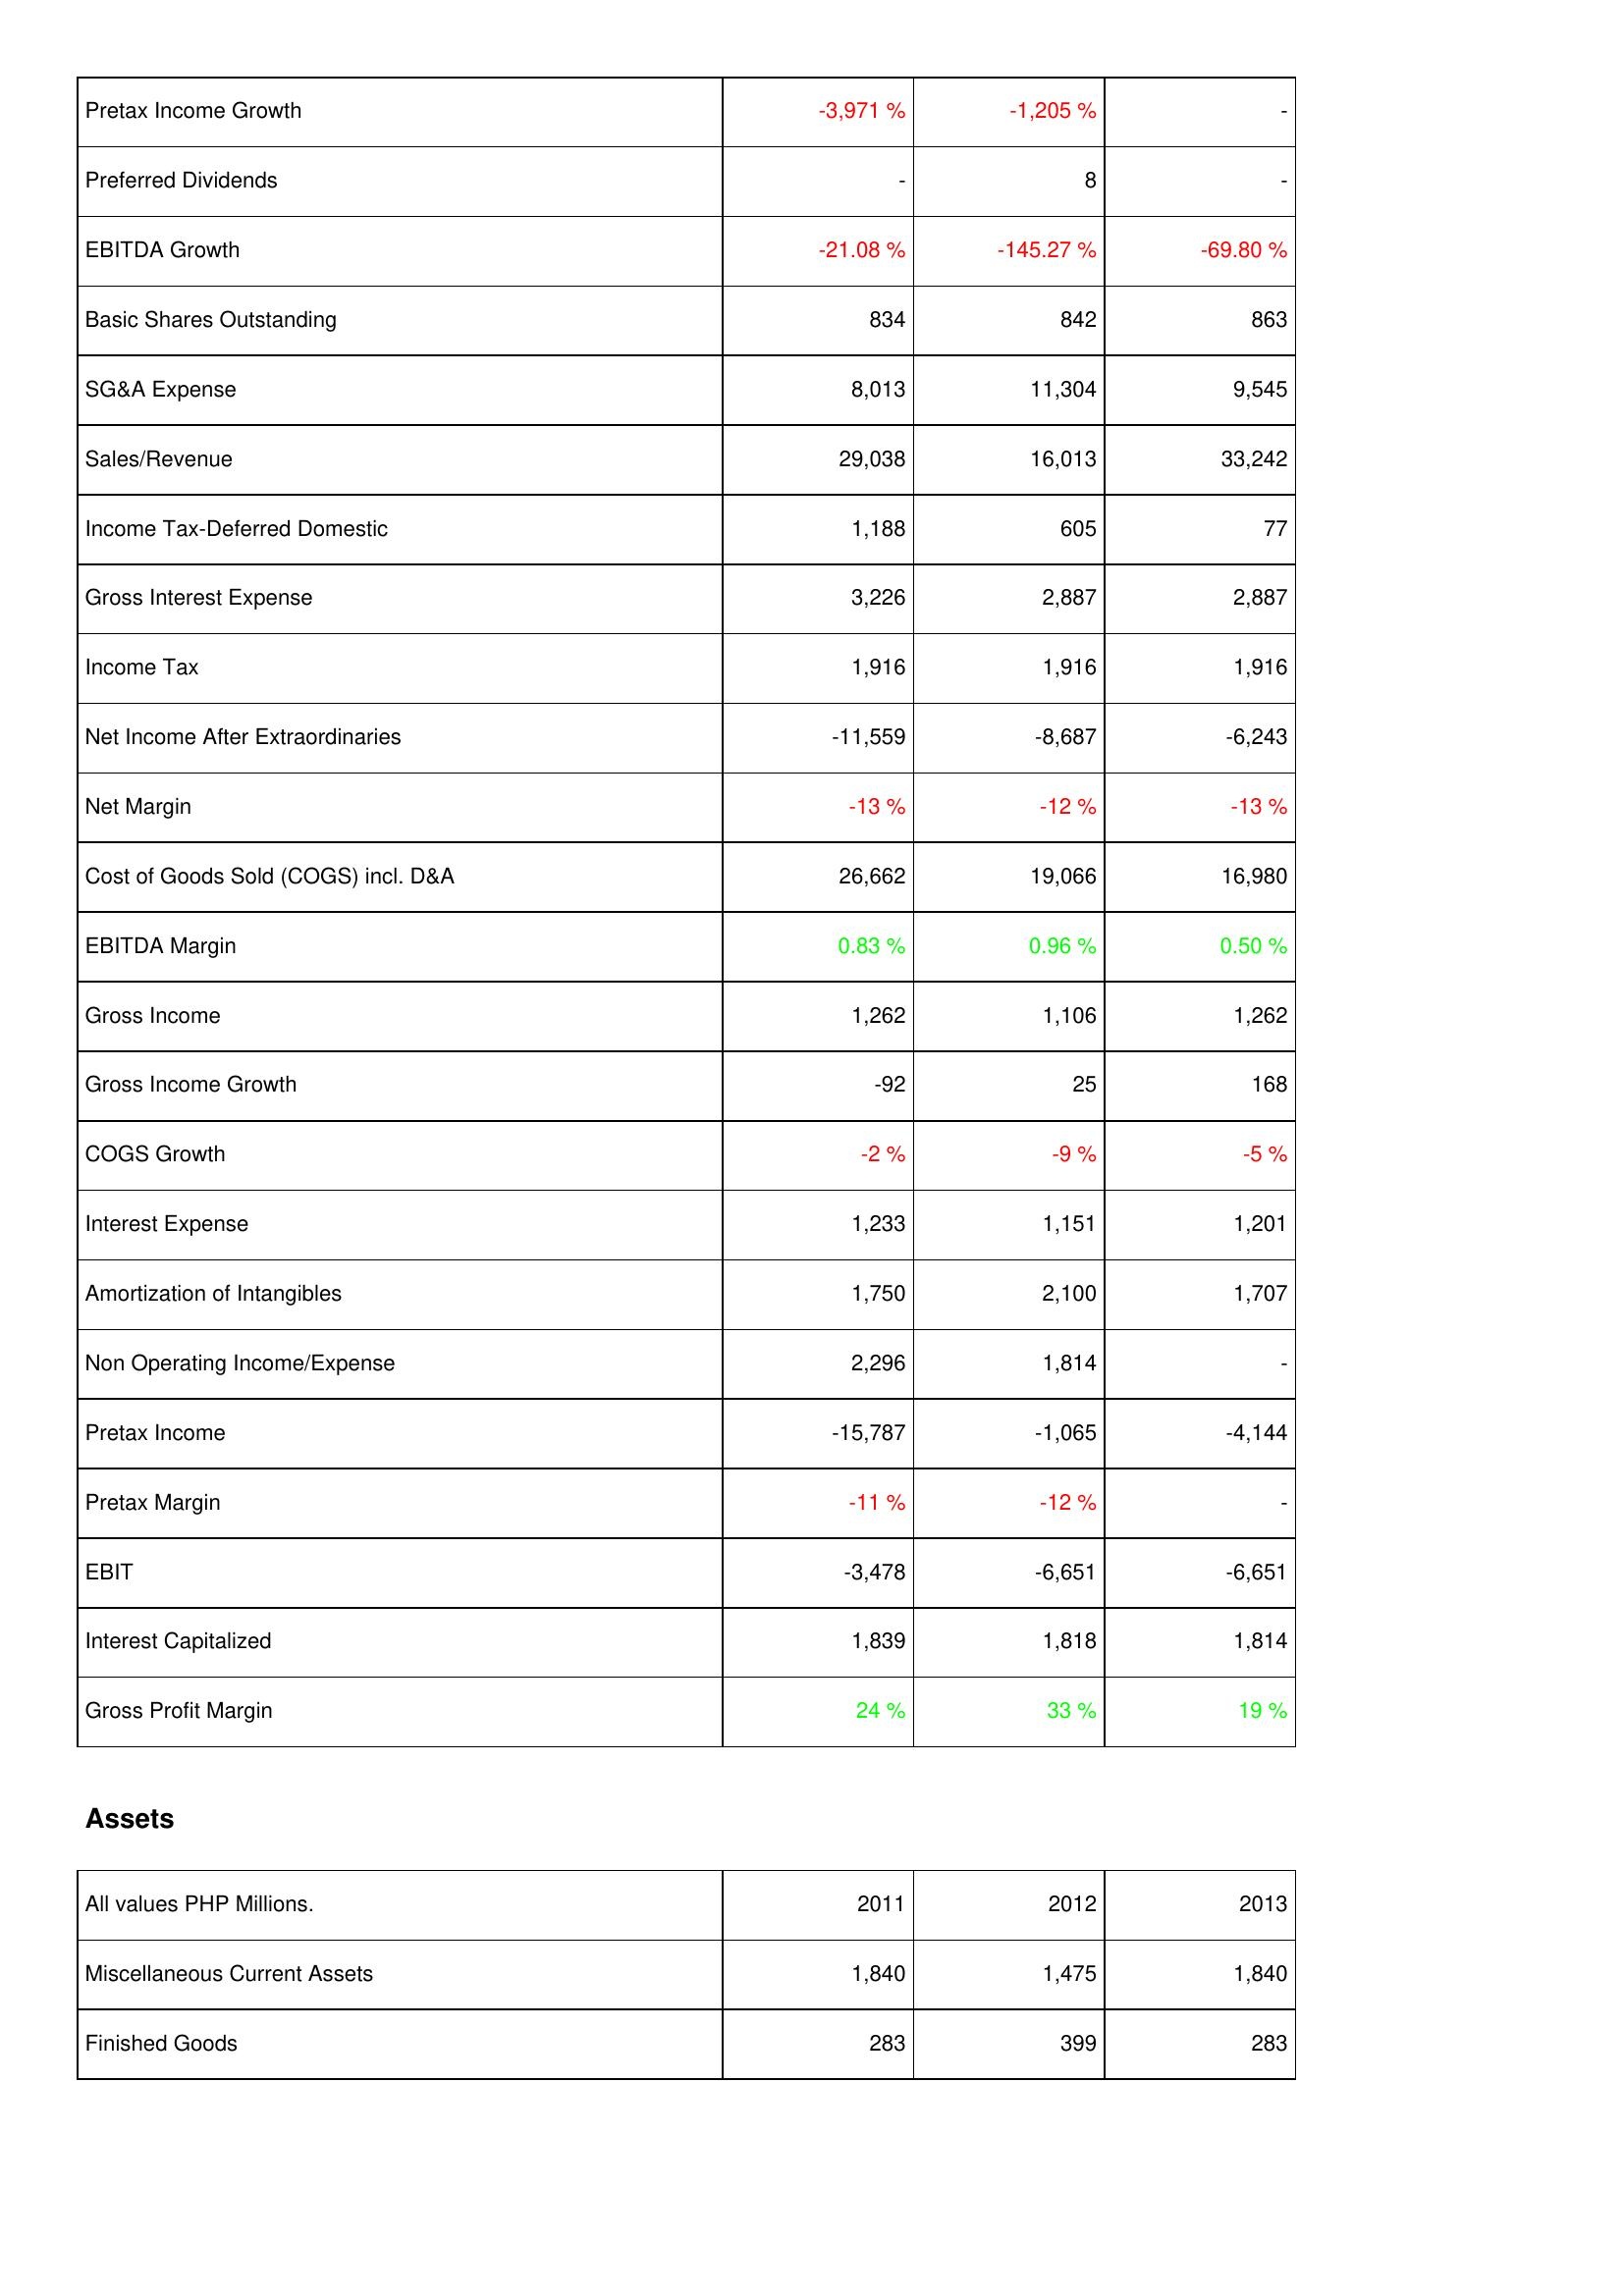
2011: Income Statement: Pretax Income Growth: -3,971 %
Preferred Dividends: -
EBITDA Growth: -21.08 %
Basic Shares Outstanding: 834
SG&A Expense: 8,013
Sales/Revenue: 29,038
Income Tax-Deferred Domestic: 1,188
Gross Interest Expense: 3,226
Income Tax: 1,916
Net Income After Extraordinaries: -11,559
Net Margin: -13 %
Cost of Goods Sold (COGS) incl. D&A: 26,662
EBITDA Margin: 0.83 %
Gross Income: 1,262
Gross Income Growth: -92
COGS Growth: -2 %
Interest Expense: 1,233
Amortization of Intangibles: 1,750
Non Operating Income/Expense: 2,296
Pretax Income: -15,787
Pretax Margin: -11 %
EBIT: -3,478
Interest Capitalized: 1,839
Gross Profit Margin: 24 %
Assets: Miscellaneous Current Assets: 1,840
Finished Goods: 283
2012: Income Statement: Pretax Income Growth: -1,205 %
Preferred Dividends: 8
EBITDA Growth: -145.27 %
Basic Shares Outstanding: 842
SG&A Expense: 11,304
Sales/Revenue: 16,013
Income Tax-Deferred Domestic: 605
Gross Interest Expense: 2,887
Income Tax: 1,916
Net Income After Extraordinaries: -8,687
Net Margin: -12 %
Cost of Goods Sold (COGS) incl. D&A: 19,066
EBITDA Margin: 0.96 %
Gross Income: 1,106
Gross Income Growth: 25
COGS Growth: -9 %
Interest Expense: 1,151
Amortization of Intangibles: 2,100
Non Operating Income/Expense: 1,814
Pretax Income: -1,065
Pretax Margin: -12 %
EBIT: -6,651
Interest Capitalized: 1,818
Gross Profit Margin: 33 %
Assets: Miscellaneous Current Assets: 1,475
Finished Goods: 399
2013: Income Statement: Pretax Income Growth: -
Preferred Dividends: -
EBITDA Growth: -69.80 %
Basic Shares Outstanding: 863
SG&A Expense: 9,545
Sales/Revenue: 33,242
Income Tax-Deferred Domestic: 77
Gross Interest Expense: 2,887
Income Tax: 1,916
Net Income After Extraordinaries: -6,243
Net Margin: -13 %
Cost of Goods Sold (COGS) incl. D&A: 16,980
EBITDA Margin: 0.50 %
Gross Income: 1,262
Gross Income Growth: 168
COGS Growth: -5 %
Interest Expense: 1,201
Amortization of Intangibles: 1,707
Non Operating Income/Expense: -
Pretax Income: -4,144
Pretax Margin: -
EBIT: -6,651
Interest Capitalized: 1,814
Gross Profit Margin: 19 %
Assets: Miscellaneous Current Assets: 1,840
Finished Goods: 283